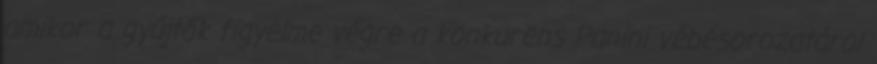
amikor a gyűjtők figyelme végre a konkurens Panini vébésorozatárol